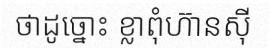
ថាដូច្នោះ ខ្លាពុំហ៊ានស៊ី